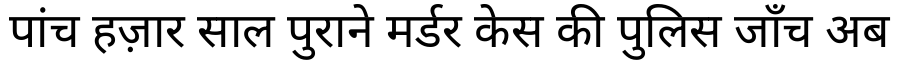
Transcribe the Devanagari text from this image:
पांच हज़ार साल पुराने मर्डर केस की पुलिस जाँच अब